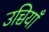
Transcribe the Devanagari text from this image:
उच्चियाँ